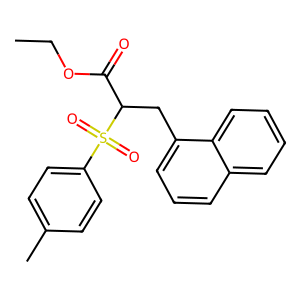
SMILES: CCOC(=O)C(Cc1cccc2ccccc12)S(=O)(=O)c1ccc(C)cc1
Inhibits HIV replication: No